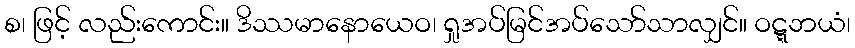
စ၊ ဖြင့် လည်းကောင်း။ ဒိဿမာနောယေဝ၊ ရှုအပ်မြင်အပ်သော်သာလျှင်။ ဝဋ္ဋဘယံ၊